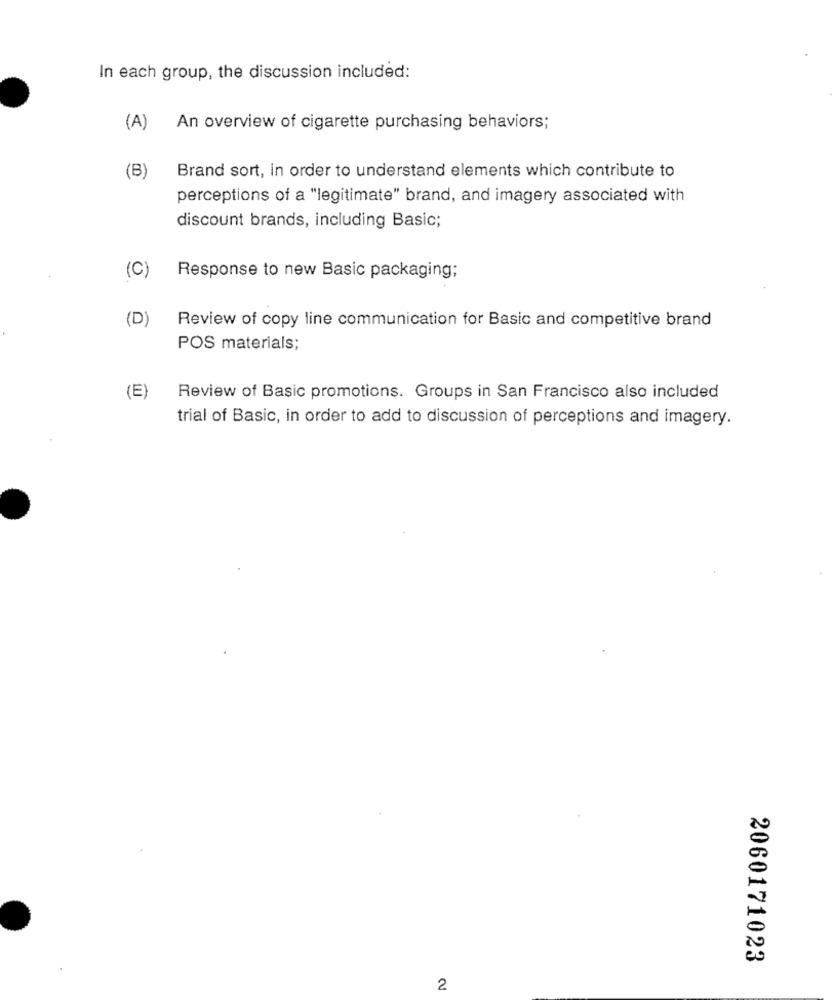
In each group, the discussion included:
(A)
An overview of cigarette purchasing behaviors;
(B)
Brand sort, in order to understand elements which contribute to
perceptions of a "legitimate" brand, and imagery associated with
discount brands, including Basic;
(C)
Response to new Basic packaging;
(D)
Review of copy line communication for Basic and competitive brand
POS materials;
(E)
Review of Basic promotions. Groups in San Francisco also included
trial of Basic, in order to add to discussion of perceptions and imagery.
2060171023
2